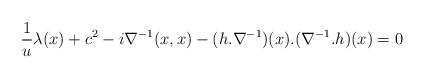
LaTeX: \begin{align*}\frac{1}{u} \lambda(x)+c^2 -i \nabla^{-1}(x,x) - (h. \nabla^{-1})(x).(\nabla^{-1}.h)(x) = 0\end{align*}